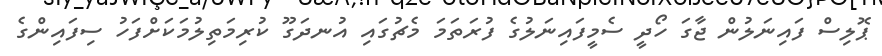
ޕޮލިސް ފައިނަލުން ޖާގަ ހޯދީ ސެމީފައިނަލުގެ ފުރަތަމަ މެޗުގައި އުނދަގޫ ކުރިމަތިލުމަކަށްފަހު ސިފައިންގެ